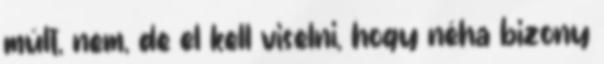
múlt, nem, de el kell viselni, hogy néha bizony